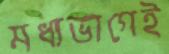
মধ্যভাগেই